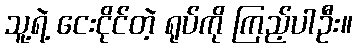
သူ့ရဲ့ ငေးငိုင်တဲ့ ရုပ်ကို ကြည့်ပါဦး။